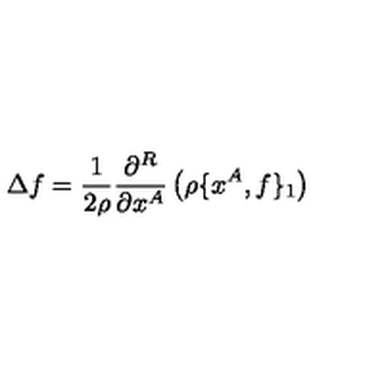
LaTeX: \Delta f = \frac { 1 } { 2 \rho } \frac { \partial ^ { R } } { \partial x ^ { A } } \left( \rho \{ x ^ { A } , f \} _ { 1 } \right)